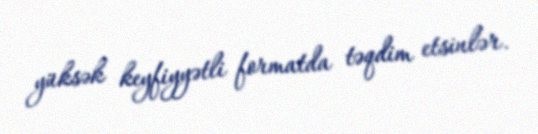
yüksək keyfiyyətli formatda təqdim etsinlər.